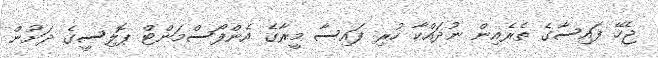
ޖެހޭ ފައިސާގެ ތެރެއިން ނުދައްކާ ހުރި ފައިސާ މީރާގެ އެންފޯސްމަންޓް ޕޮލިސީގެ ދަށުން